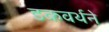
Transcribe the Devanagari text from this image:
डकवर्थने